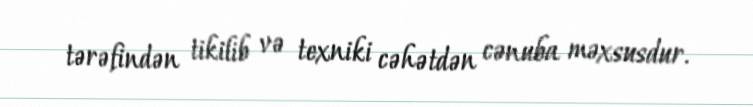
tərəfindən tikilib və texniki cəhətdən cənuba məxsusdur.